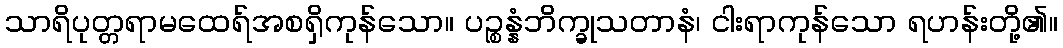
သာရိပုတ္တရာမထေရ်အစရှိကုန်သော။ ပဉ္စန္နံဘိက္ခုသတာနံ၊ ငါးရာကုန်သော ရဟန်းတို့၏။